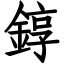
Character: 錞